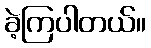
ခဲ့ကြပါတယ်။